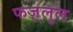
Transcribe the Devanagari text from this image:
फज़्लुल